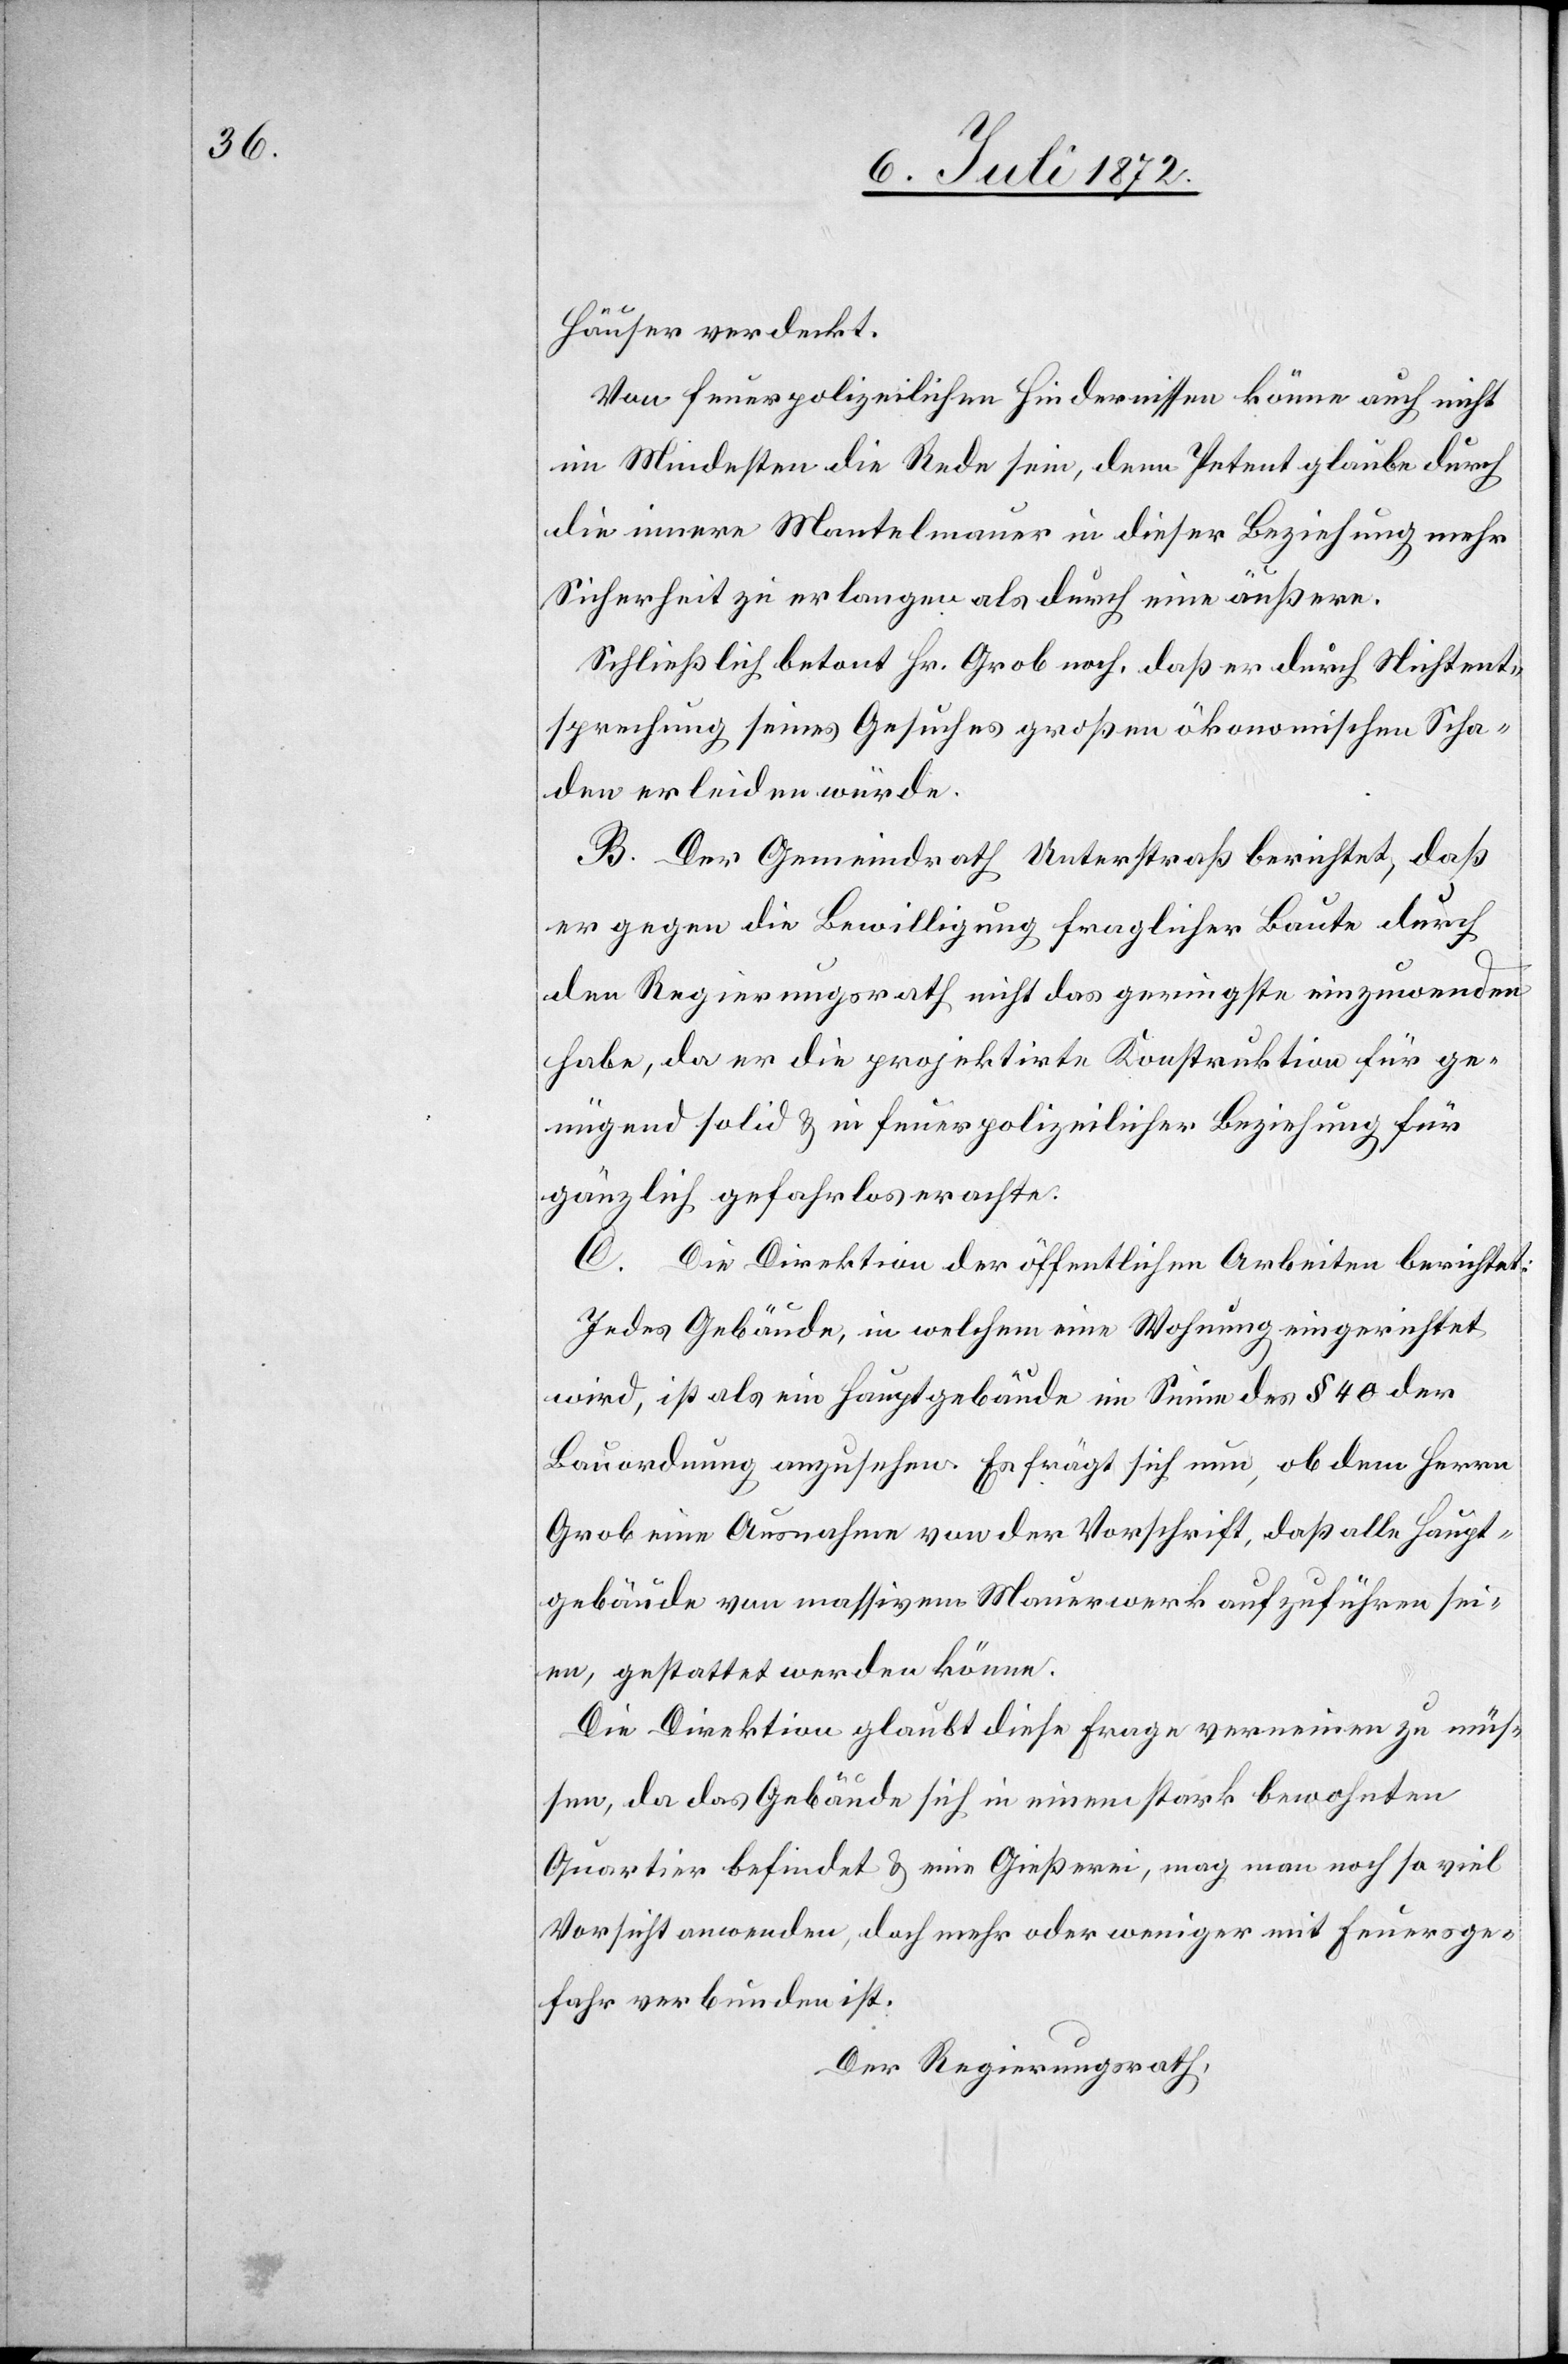
Häuser verdeckt.
Von feuerpolizeilichen Hindernissen könne auch nicht
im Mindestens die Rede sein, denn Petent glaube durch
die innere Mantelmauer in dieser Beziehung mehr
Sicherheit zu erlangen als durch eine äußere.
Schließlich betont Hr. Grob noch, daß er durch Nichtent¬
sprechung seines Gesuches großen ökonomischen Scha¬
den erleiden würde.
B. Der Gemeindrath Unterstraß berichtet, daß
er gegen die Bewilligung fraglicher Baute durch
den Regierungsrath nicht das geringste einzuwenden
habe, da er die projektirte Konstruktion für ge¬
nügend solid u. in feuerpolizeilicher Beziehung für
gänzlich gefahrlos erachte.
C. Die Direktion der öffentlichen Arbeiten berichtet:
Jedes Gebäude, in welchem eine Wohnung eingerichtet
wird, ist als ein Hauptgebäude im Sinne des § 40 der
Bauordnung anzusehen. Es frägt sich nun, ob dem Herrn
Grob eine Ausnahme von der Vorschrift, daß alle Haupt¬
gebäude von massivem Mauerwerk aufzuführen sei¬
en, gestattet werden könne.
Die Direktion glaubt diese Frage verneinen zu müs¬
sen, da das Gebäude sich in einem stark bewohnten
Quartier befindet u. eine Gießerei, mag man noch so viel
Vorsicht anwenden, doch mehr oder weniger mit Feuersge¬
fahr verbunden ist.
Der Regierungsrath,